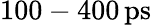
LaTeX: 100-400\, \mathrm{ps}